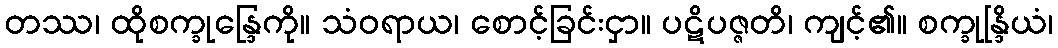
တဿ၊ ထိုစက္ခုန္ဒြေကို။ သံဝရာယ၊ စောင့်ခြင်းငှာ။ ပဋိပဇ္ဇတိ၊ ကျင့်၏။ စက္ခုန္ဒြိယံ၊